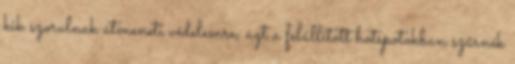
kik szorulnak átmeneti védelemre, azt a felállított hotspotokban szűrnék